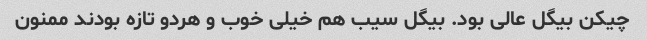
چیکن بیگل عالی بود. بیگل سیب هم خیلی خوب و هردو تازه بودند ممنون